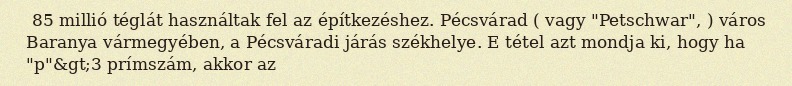
85 millió téglát használtak fel az építkezéshez. Pécsvárad ( vagy "Petschwar", ) város Baranya vármegyében, a Pécsváradi járás székhelye. E tétel azt mondja ki, hogy ha "p"&gt;3 prímszám, akkor az